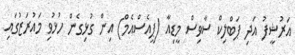
އަރުޝީފު އަދި ޕަބްލިކް ސާވިސް މީޑިއާ (ޕީއެސްއެމް) އިން ގުޅިގެން ހުޅުވި މައުރަޒުގައި